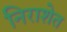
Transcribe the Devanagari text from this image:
निराशेत